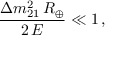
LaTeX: \frac { \Delta { m } _ { 2 1 } ^ { 2 } \, R _ { \oplus } } { 2 \, E } \ll 1 \, ,